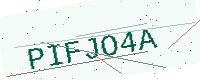
Text: PIFJO4A